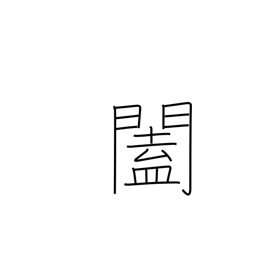
Meaning: doors